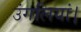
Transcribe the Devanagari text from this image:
उंगलियां।